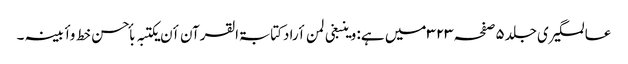
عالمگیری جلد۵صفحہ۳۲۳ میں ہے: وینبغی لمن أرادکتابۃالقرآن أن یکتبہ بأحسن خط وأبینہ ۔